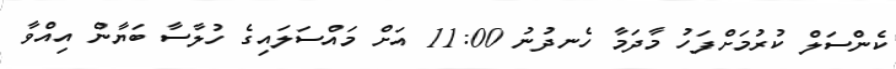
ކެންސަލް ކުރުމަށްފަހު މާދަމާ ހެނދުނު 11:00 އަށް މައްސަލައިގެ ހުލާސާ ބަޔާން އިއްވާ